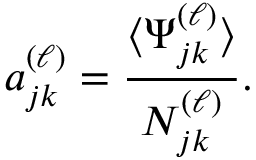
a _ { j k } ^ { ( \ell ) } = \frac { \langle \Psi _ { j k } ^ { ( \ell ) } \rangle } { N _ { j k } ^ { ( \ell ) } } .